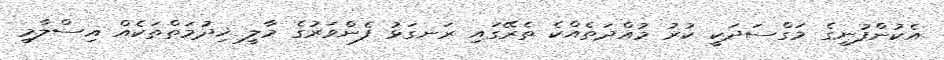
އެކުންފުނީގެ މަގްސަދަކީ ކުރު މުއްދަތެއްކެ ތެރޭގައި ރަނގަޅު ފެންވަރުގެ މާލީ ޚިދުމަތްތަކެއް އިސްލާމީ